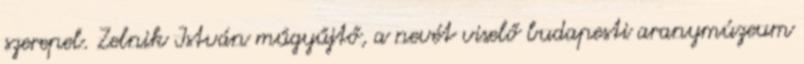
szerepel. Zelnik István műgyűjtő, a nevét viselő budapesti aranymúzeum